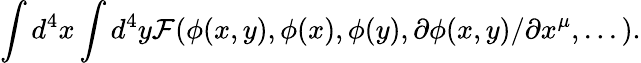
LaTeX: \int d^{4}x\int d^{4}y{\cal F}(\phi(x,y),\phi(x),\phi(y),\partial\phi(x,y)/\partial x^{\mu},...).